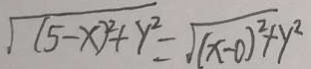
\sqrt { ( 5 - x ) ^ { 2 } + y ^ { 2 } } = \sqrt { ( x - 0 ) ^ { 2 } + y ^ { 2 } }